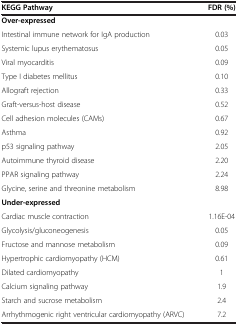
<table><thead><tr><td><b>KEGG Pathway</b></td><td><b>FDR (%)</b></td></tr></thead><tbody><tr><td><b>Over-expressed</b></td><td>[EMPTY_CELL]</td></tr><tr><td>Intestinal immune network for IgA production</td><td>0.03</td></tr><tr><td>Systemic lupus erythematosus</td><td>0.05</td></tr><tr><td>Viral myocarditis</td><td>0.09</td></tr><tr><td>Type I diabetes mellitus</td><td>0.10</td></tr><tr><td>Allograft rejection</td><td>0.33</td></tr><tr><td>Graft-versus-host disease</td><td>0.52</td></tr><tr><td>Cell adhesion molecules (CAMs)</td><td>0.67</td></tr><tr><td>Asthma</td><td>0.92</td></tr><tr><td>p53 signaling pathway</td><td>2.05</td></tr><tr><td>Autoimmune thyroid disease</td><td>2.20</td></tr><tr><td>PPAR signaling pathway</td><td>2.24</td></tr><tr><td>Glycine, serine and threonine metabolism</td><td>8.98</td></tr><tr><td><b>Under-expressed</b></td><td>[EMPTY_CELL]</td></tr><tr><td>Cardiac muscle contraction</td><td>1.16E-04</td></tr><tr><td>Glycolysis/gluconeogenesis</td><td>0.05</td></tr><tr><td>Fructose and mannose metabolism</td><td>0.09</td></tr><tr><td>Hypertrophic cardiomyopathy (HCM)</td><td>0.61</td></tr><tr><td>Dilated cardiomyopathy</td><td>1</td></tr><tr><td>Calcium signaling pathway</td><td>1.9</td></tr><tr><td>Starch and sucrose metabolism</td><td>2.4</td></tr><tr><td>Arrhythmogenic right ventricular cardiomyopathy (ARVC)</td><td>7.2</td></tr></tbody></table>